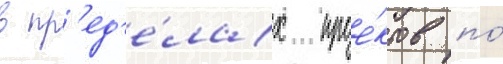
в пр'ед'е́лах прое́ктов по́